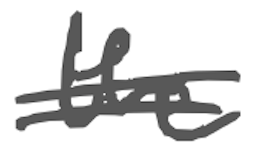
Text: the
Cross-out: double-line
Writing tool: digital_gray